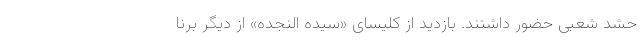
حشد شعبی حضور داشتند. بازدید از کلیسای «سیده النجده» از دیگر برنا